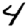
Digit: 4